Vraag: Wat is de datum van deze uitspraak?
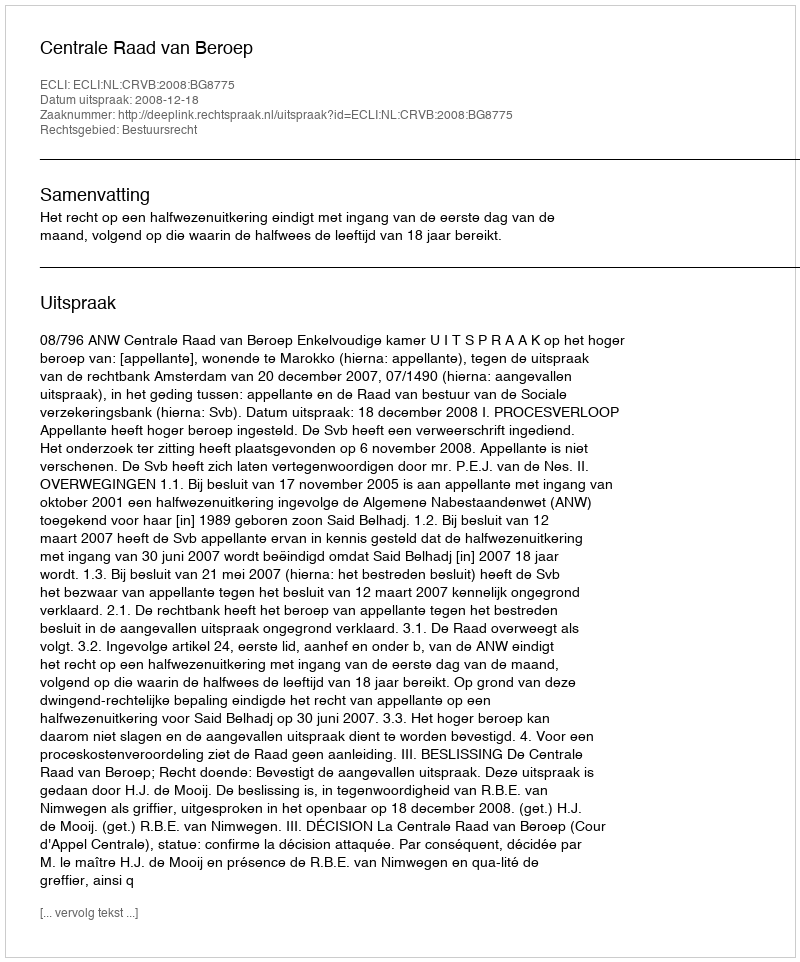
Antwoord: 2008-12-18